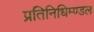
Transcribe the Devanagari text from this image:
प्रतिनिधिम्ण्डल